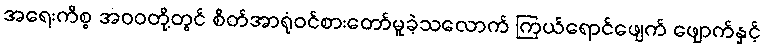
အရေးကိစ္စ အဝဝတို့တွင် စိတ်အာရုံဝင်စားတော်မူခဲ့သလောက် ကြယ်ရောင်ဖျေက် ဖျောက်နှင့်